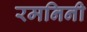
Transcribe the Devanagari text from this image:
रमनिनी